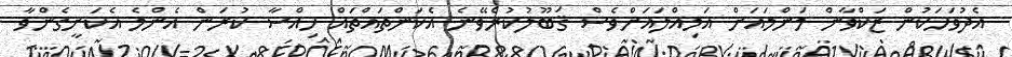
އެދުވަހަކުން ޒަކްވާން މަންމައަށް އަމިއްލައަށްވެސް ޤަބޫލުކުރެވޭނެ އެކަންތައްތައް ހިއްސާ ކުރަން އެންމެ އެކަށީގެންވާ